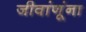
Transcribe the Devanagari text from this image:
जीवांणूंना